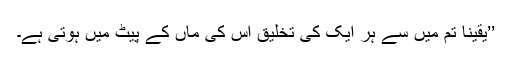
’’یقیناً تم میں سے ہر ایک کی تخلیق اس کی ماں کے پیٹ میں ہوتی ہے۔